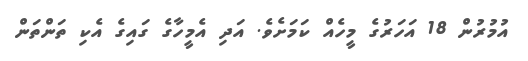
އުމުރުން 18 އަހަރުގެ މީހެއް ކަމަށެވެ. އަދި އެމީހާގެ ގައިގެ އެކި ތަންތަން